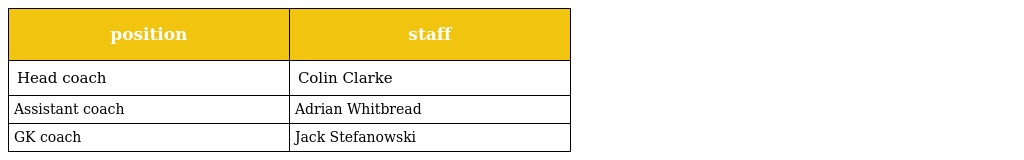
| position | staff |
 | --- | --- |
 | Head coach | Colin Clarke |
 | Assistant coach | Adrian Whitbread |
 | GK coach | Jack Stefanowski |